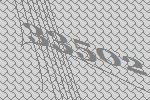
33502